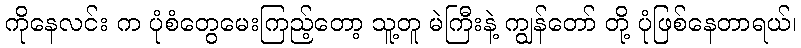
ကိုနေလင်း က ပုံစံတွေမေးကြည့်တော့ သူ့တူ မဲကြီးနဲ့ ကျွန်တော် တို့ ပုံဖြစ်နေတာရယ်၊